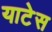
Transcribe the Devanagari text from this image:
याटेस